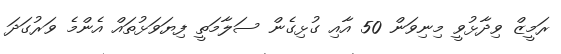
ރަމީޒް ވިދާޅުވީ މިނިވަން 50 އާއި ގުޅިގެން ސަލާމަތީ ފިޔަވަޅުތައް އެންމެ ވަރުގަދަ